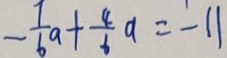
- \frac { 7 } { 6 } a + \frac { 4 } { 6 } a = - 1 1